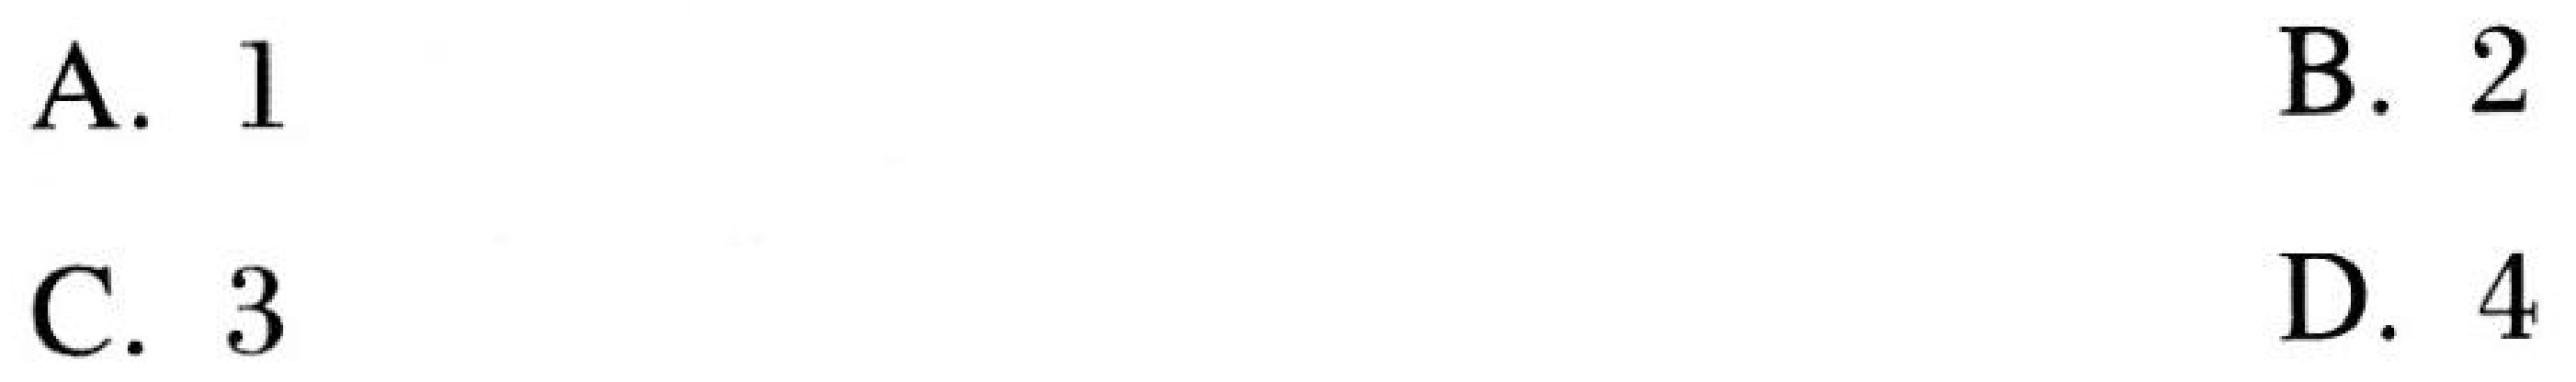
A. \(1\)
B. \(2\)
C. \(3\)
D. \(4\)